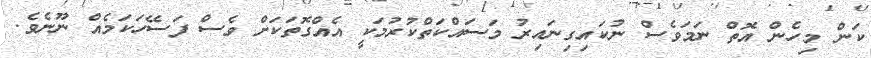
ކަން މިހެން އޮތް ނަމަވެސް ނުކައިގިނައިރު މަސައްކަތްކުރުމަކީ އެއްގޮތަކަށް ވެސް ފަސޭހަކަމެއް ނޫނެވެ.